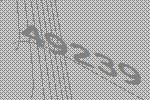
49239